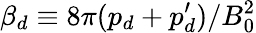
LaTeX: \beta_{d}\equiv 8\pi(p_{d}+p_{d}^{\prime})/B_{0}^{2}